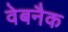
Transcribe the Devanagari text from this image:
वेबनैक